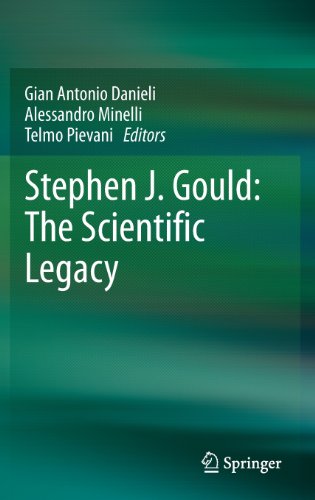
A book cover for Stephen J. Gould: The Scientific Legacy; Science & Math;